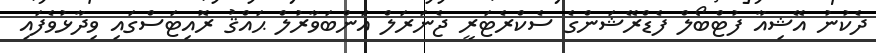
ދެކުނު އޭޝިއާ ފުޓްބޯލް ފެޑްރޭޝަންގެ ސެކްރެޓަރީ ޖެނަރަލް އަންބަވާރުލް ޙައްޤު ރޮއިޓަސްގައި ވިދާޅުވެފައި